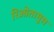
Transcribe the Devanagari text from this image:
रिओतामुस